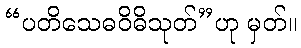
“ပတိသေဓဝိဓိသုတ်”ဟု မှတ်။